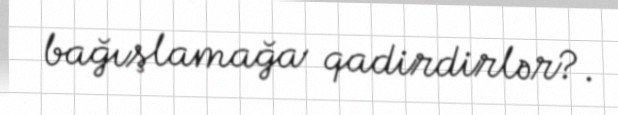
bağışlamağa qadirdirlər?.